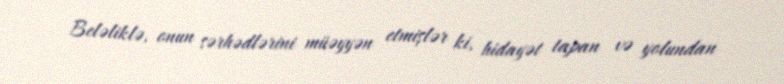
Beləliklə, onun sərhədlərini müəyyən etmişlər ki, hidayət tapan və yolundan